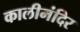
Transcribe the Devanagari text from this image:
कालीमंदिर